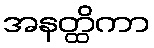
အနတ္ထိကာ